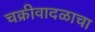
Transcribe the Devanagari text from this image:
चक्रीवादळाचा